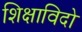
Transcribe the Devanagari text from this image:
शिक्षाविदो